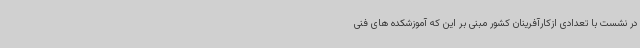
در نشست با تعدادی ازکارآفرینان کشور مبنی بر این که آموزشکده های فنی